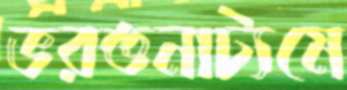
ভরতনাট্যমে